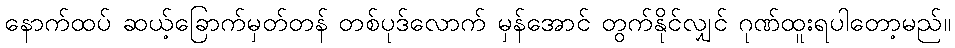
နောက်ထပ် ဆယ့်ခြောက်မှတ်တန် တစ်ပုဒ်လောက် မှန်အောင် တွက်နိုင်လျှင် ဂုဏ်ထူးရပါတော့မည်။